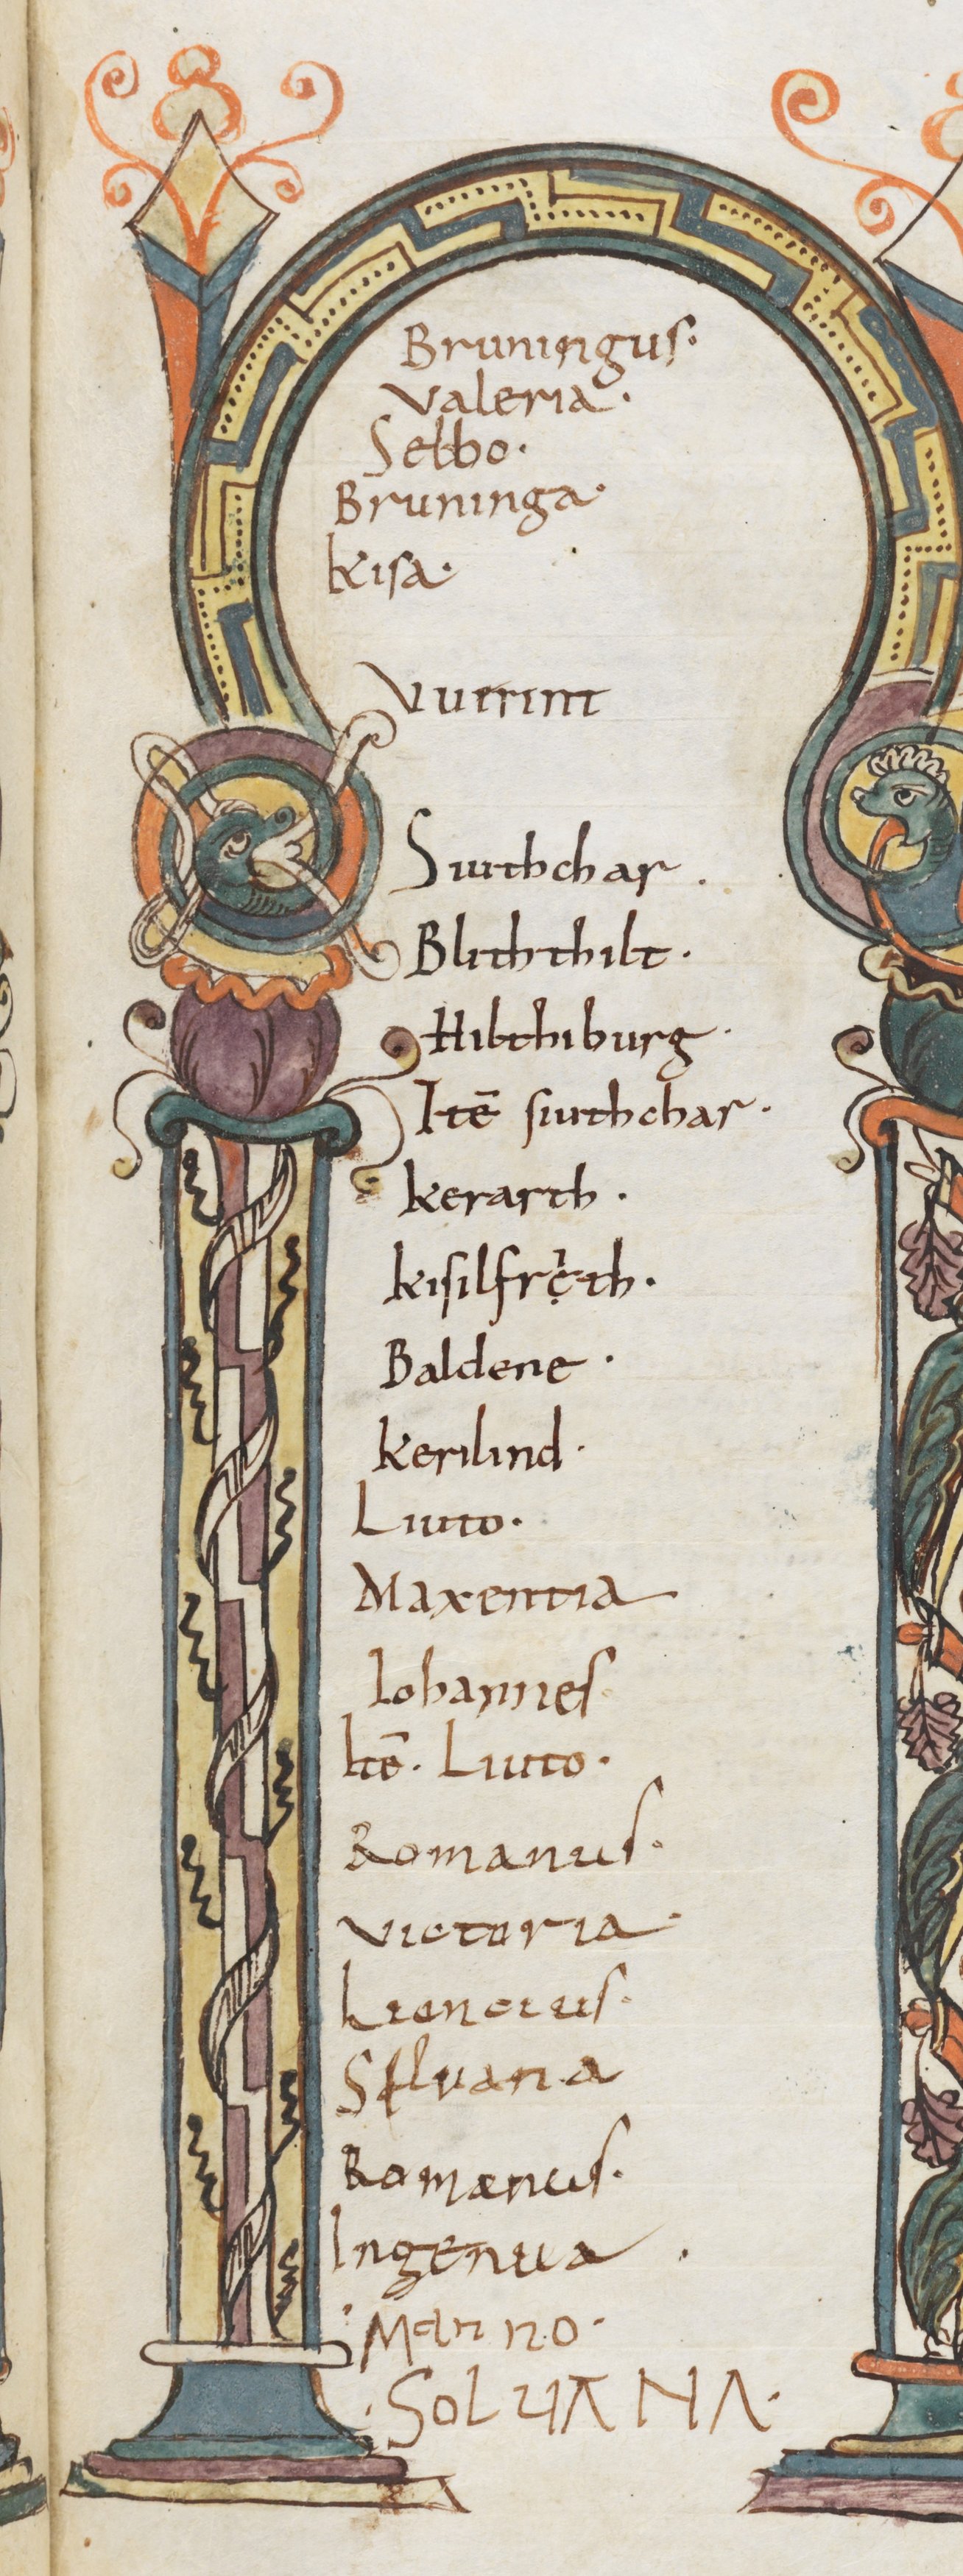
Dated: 800–1399